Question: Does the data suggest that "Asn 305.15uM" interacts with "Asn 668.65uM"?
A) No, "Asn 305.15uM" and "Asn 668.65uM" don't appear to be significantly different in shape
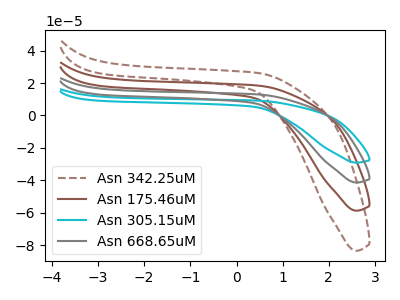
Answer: <think>The brown dashed curve "Asn 342.25uM" has no peaks. The brown curve "Asn 175.46uM" has no peaks. The cyan curve "Asn 305.15uM" has no peaks. The gray curve "Asn 668.65uM" has no peaks.
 Neither "Asn 305.15uM" or "Asn 668.65uM" have any peaks.</think>
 <answer>A) No, "Asn 305.15uM" and "Asn 668.65uM" don't appear to be significantly different in shape</answer>
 <eval>A</eval>